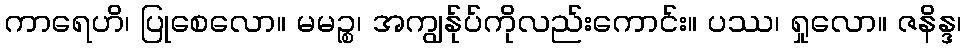
ကာရေဟိ၊ ပြုစေလော။ မမဉ္စ၊ အကျွန်ုပ်ကိုလည်းကောင်း။ ပဿ၊ ရှုလော။ ဇနိန္ဒ၊